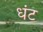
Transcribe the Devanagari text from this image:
धंट